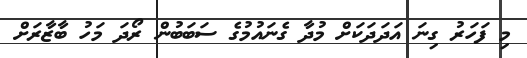
މި ފަހަރު ގިނަ އަދަދަކަށް މުދާ ގެނައުމުގެ ސަބަބުން ރޯދަ މަހު ބާޒާރަށް